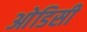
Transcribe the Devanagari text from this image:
आेडिसी